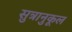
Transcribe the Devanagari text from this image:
सुत्रानुकूल